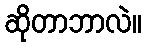
ဆိုတာဘာလဲ။